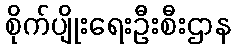
စိုက်ပျိုးရေးဦးစီးဌာန